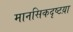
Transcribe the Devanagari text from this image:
मानसिकदृष्टय़ा